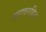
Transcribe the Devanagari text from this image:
स्वादरहित